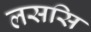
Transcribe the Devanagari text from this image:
लससि